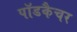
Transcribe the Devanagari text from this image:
पॉडकैचर